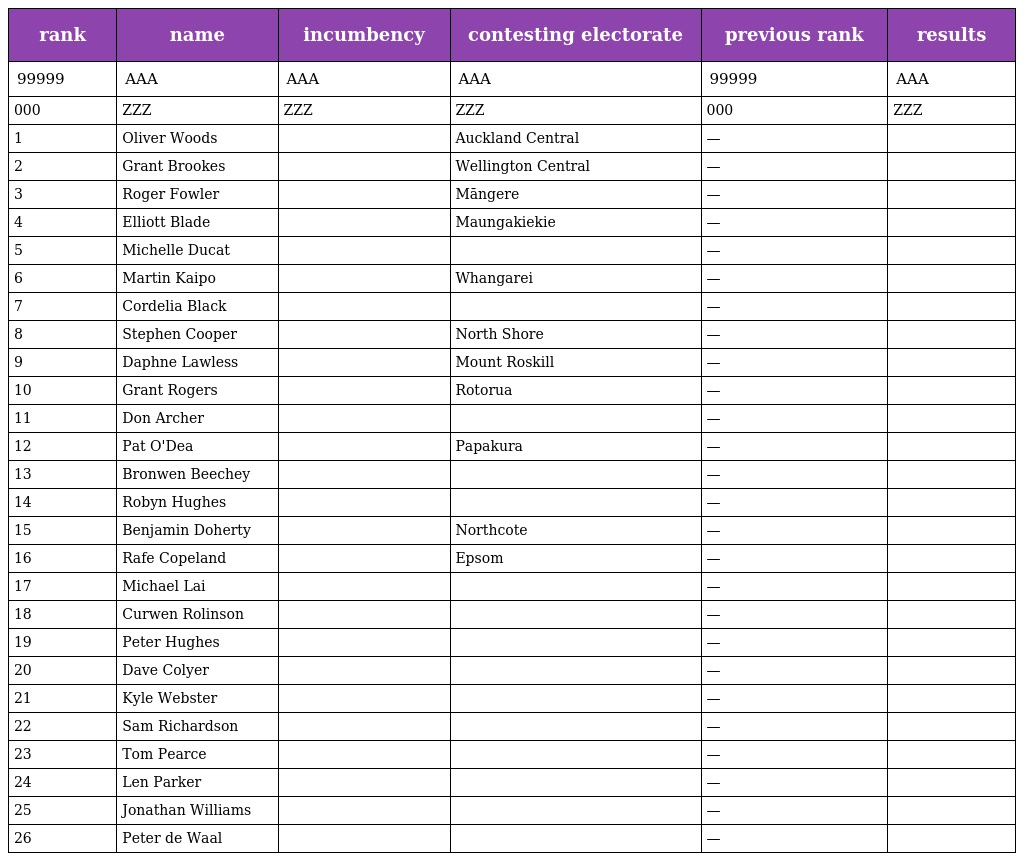
| rank | name | incumbency | contesting electorate | previous rank | results |
 | --- | --- | --- | --- | --- | --- |
 | 99999 | AAA | AAA | AAA | 99999 | AAA |
 | 000 | ZZZ | ZZZ | ZZZ | 000 | ZZZ |
 | 1 | Oliver Woods |  | Auckland Central | — |  |
 | 2 | Grant Brookes |  | Wellington Central | — |  |
 | 3 | Roger Fowler |  | Māngere | — |  |
 | 4 | Elliott Blade |  | Maungakiekie | — |  |
 | 5 | Michelle Ducat |  |  | — |  |
 | 6 | Martin Kaipo |  | Whangarei | — |  |
 | 7 | Cordelia Black |  |  | — |  |
 | 8 | Stephen Cooper |  | North Shore | — |  |
 | 9 | Daphne Lawless |  | Mount Roskill | — |  |
 | 10 | Grant Rogers |  | Rotorua | — |  |
 | 11 | Don Archer |  |  | — |  |
 | 12 | Pat O'Dea |  | Papakura | — |  |
 | 13 | Bronwen Beechey |  |  | — |  |
 | 14 | Robyn Hughes |  |  | — |  |
 | 15 | Benjamin Doherty |  | Northcote | — |  |
 | 16 | Rafe Copeland |  | Epsom | — |  |
 | 17 | Michael Lai |  |  | — |  |
 | 18 | Curwen Rolinson |  |  | — |  |
 | 19 | Peter Hughes |  |  | — |  |
 | 20 | Dave Colyer |  |  | — |  |
 | 21 | Kyle Webster |  |  | — |  |
 | 22 | Sam Richardson |  |  | — |  |
 | 23 | Tom Pearce |  |  | — |  |
 | 24 | Len Parker |  |  | — |  |
 | 25 | Jonathan Williams |  |  | — |  |
 | 26 | Peter de Waal |  |  | — |  |